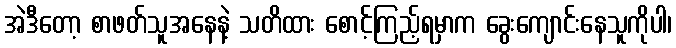
အဲဒီတော့ စာဖတ်သူအနေနဲ့ သတိထား စောင့်ကြည့်ရမှာက ခွေးကျောင်းနေသူကိုပါ၊